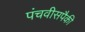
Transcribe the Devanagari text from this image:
पंचवीसपैकी